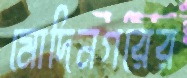
মোদিনগরের